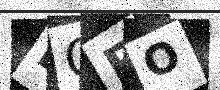
Text: DOBO